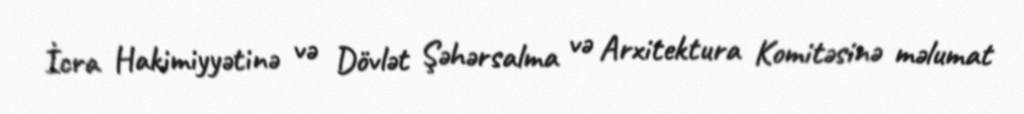
İcra Hakimiyyətinə və Dövlət Şəhərsalma və Arxitektura Komitəsinə məlumat